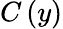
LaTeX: C\left(y\right)